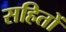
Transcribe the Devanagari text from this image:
सहितों